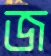
জ